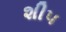
શીપ